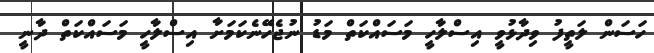
ހަސަން ލަތީފު ވިދާޅުވީ އިސްލާހީ މަސައްކަތް މަޑު ނުޖެހޭނެކަމަށާ އިސްލާހީ މަސައްކަތް ދާނީ